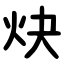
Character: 炔